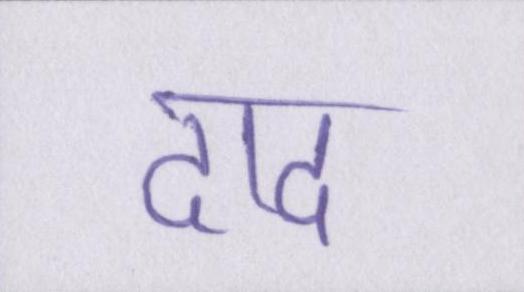
दाद